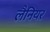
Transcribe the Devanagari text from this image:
लैनियर